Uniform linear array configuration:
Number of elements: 8
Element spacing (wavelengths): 0.25
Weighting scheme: hann
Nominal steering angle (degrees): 15
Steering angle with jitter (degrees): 13.768
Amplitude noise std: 0.05
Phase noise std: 0.05

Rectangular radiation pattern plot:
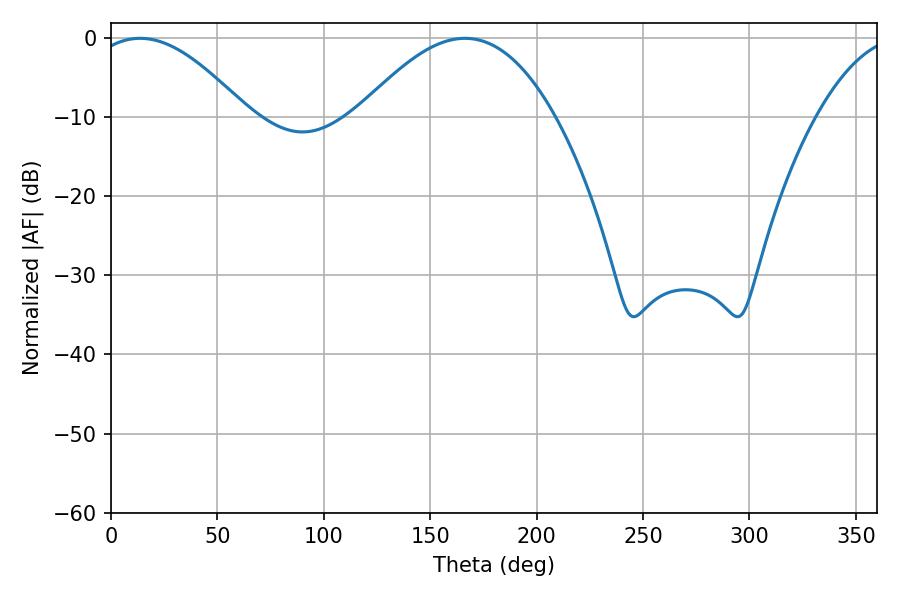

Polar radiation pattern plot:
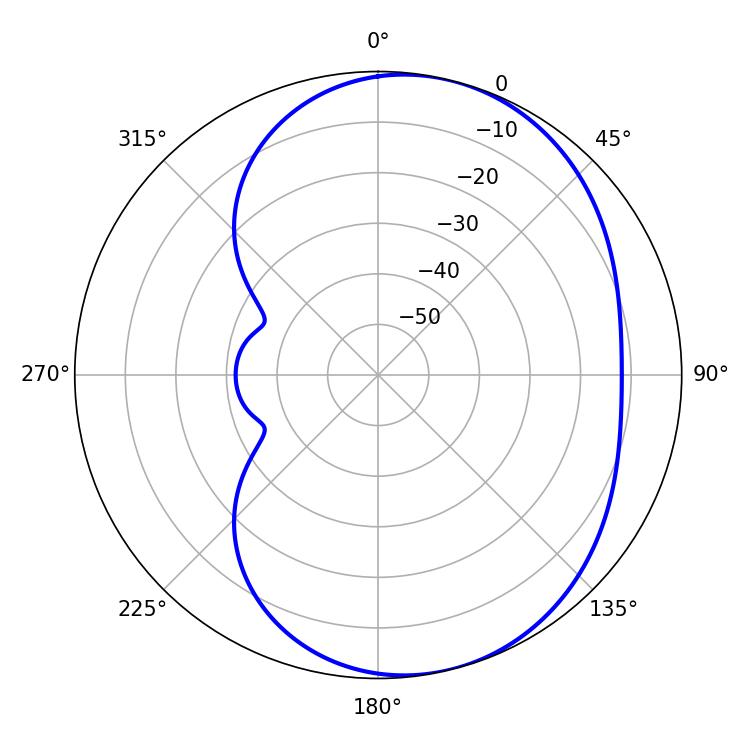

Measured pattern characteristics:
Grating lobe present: FALSE
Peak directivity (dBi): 5.648
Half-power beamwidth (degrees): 40.32
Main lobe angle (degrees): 13.68